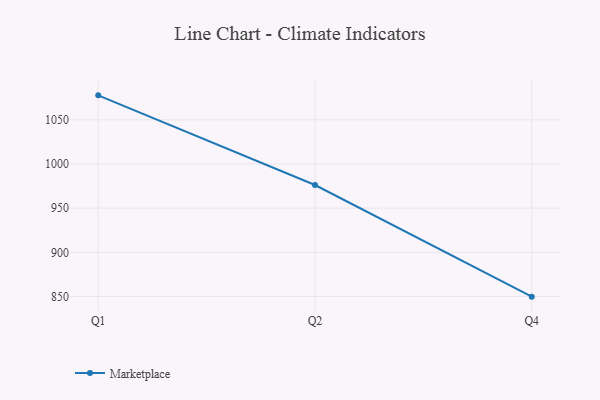
{"axis": {"x": "Quarter", "y": "Temperature (°C)"}, "legend": ["Marketplace"], "data": [{"x": "Q1", "y": 1077.7, "type": "Marketplace"}, {"x": "Q2", "y": 976.2, "type": "Marketplace"}, {"x": "Q4", "y": 849.8, "type": "Marketplace"}]}